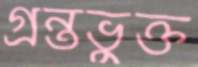
গ্রন্তভুক্ত